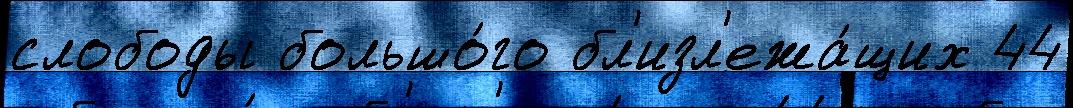
слободы большо́го бл'изл'ежа́щих 44